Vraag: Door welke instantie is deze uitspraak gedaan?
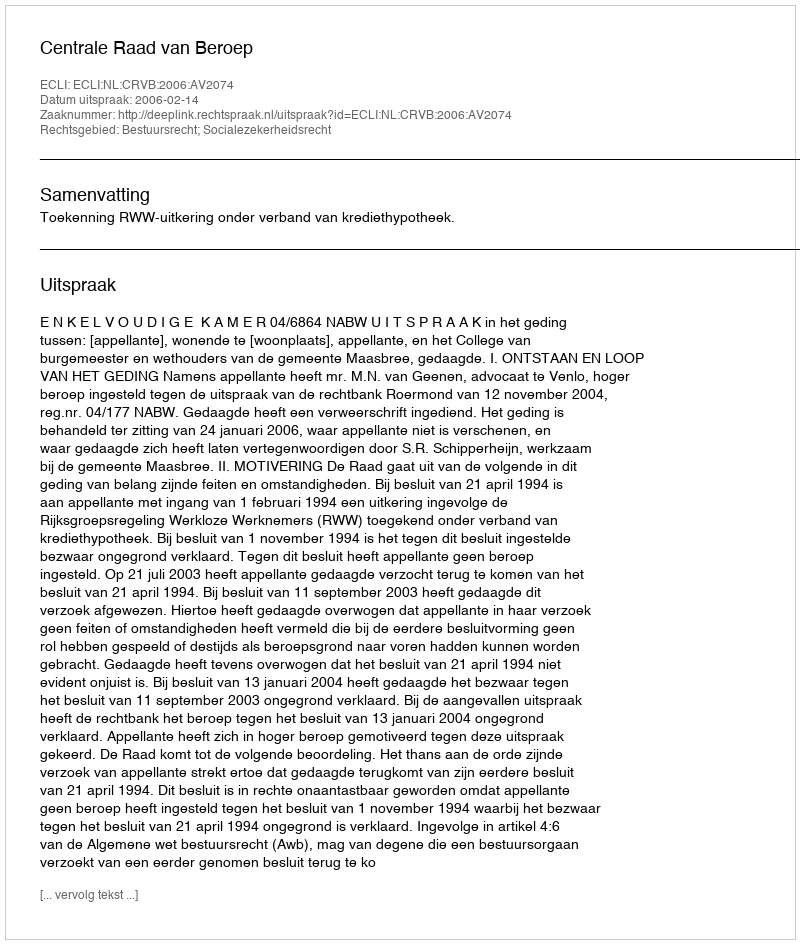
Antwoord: Centrale Raad van Beroep